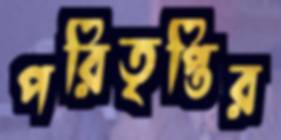
পরিতৃপ্তির